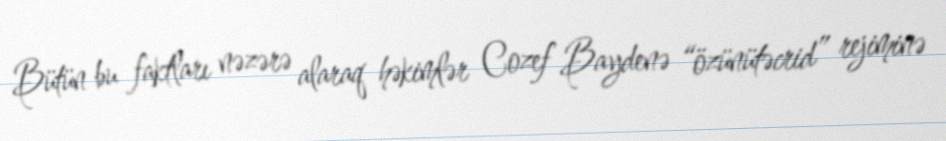
Bütün bu faktları nəzərə alaraq həkimlər Cozef Baydenə “özünütəcrid” rejiminə